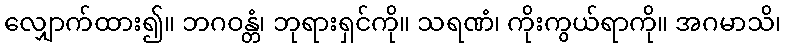
လျှောက်ထား၍။ ဘဂဝန္တံ၊ ဘုရားရှင်ကို။ သရဏံ၊ ကိုးကွယ်ရာကို။ အဂမာသိ၊